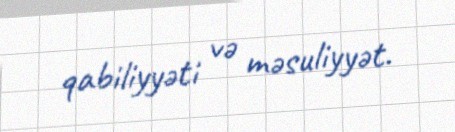
qabiliyyəti və məsuliyyət.